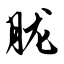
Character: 胧